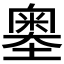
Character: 𡒃